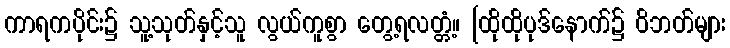
ကာရကပိုင်း၌ သူ့သုတ်နှင့်သူ လွယ်ကူစွာ တွေ့ရလတ္တံ့။ [ထိုထိုပုဒ်နောက်၌ ဝိဘတ်များ